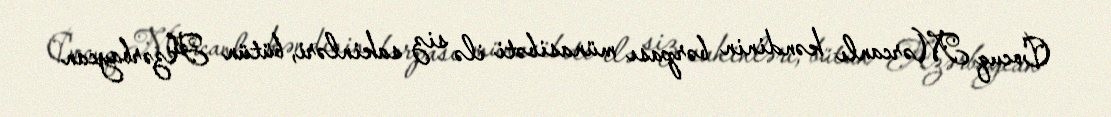
Cocuq Mərcanlı kəndinin bərpası münasibəti ilə siz sakinləri, bütün Azərbaycan